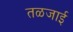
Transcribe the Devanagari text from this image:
तळजाई